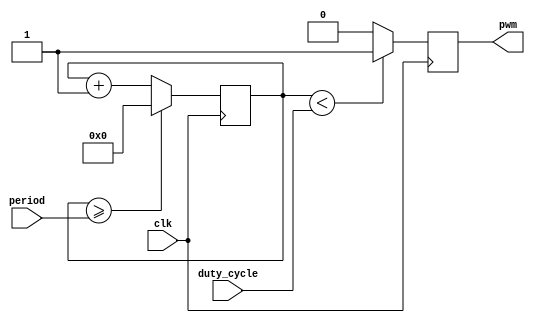
module pwm_generator (
    input wire clk,
    input wire [7:0] duty_cycle,
    input wire [15:0] period,
    output reg pwm
);

reg [15:0] counter;

always @(posedge clk) begin
    counter <= counter + 1;
    
    if (counter >= period) begin
        counter <= 0;
    end
    
    if (counter < duty_cycle) begin
        pwm <= 1;
    end else begin
        pwm <= 0;
    end
end

endmodule